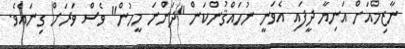
ނާޒިމްއަށް އަނިޔާ ދީފައި އެވަނީ ނުހައްޤުންކަން "ދަންނަ މީހުން" ވެސް ވަރަށް ގިނައެވެ.